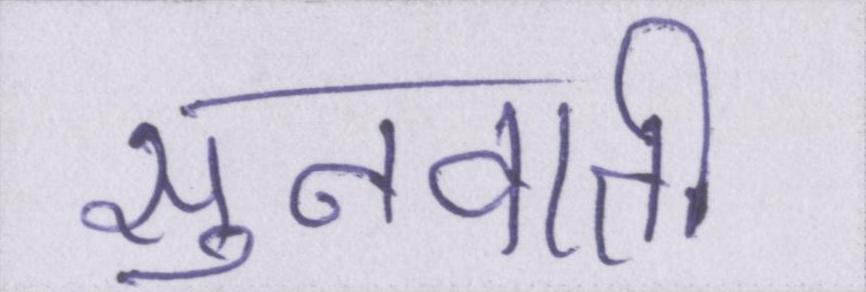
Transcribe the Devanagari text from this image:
सुनवाती